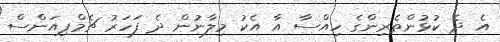
އެ ދެ ކުޅުންތެރިންގެ ހިއްސާ އާ އެކު މިލާނުން ދެ ފަހަރު ޗެމްޕިއަންސް